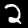
Digit: 2